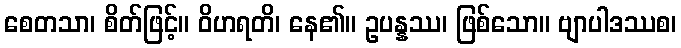
စေတသာ၊ စိတ်ဖြင့်။ ဝိဟရတိ၊ နေ၏။ ဥပန္နဿ၊ ဖြစ်သော။ ဗျာပါဒဿစ၊